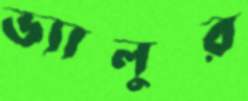
ভ্যালুর